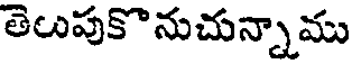
తెలుపుకొనుచున్నాము